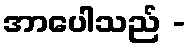
အာပေါသည် -